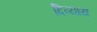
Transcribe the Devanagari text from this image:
दिव्याय